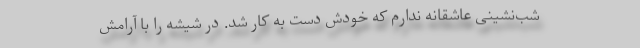
شب‌نشینی عاشقانه ندارم که خودش دست به کار شد. در شیشه را با آرامش